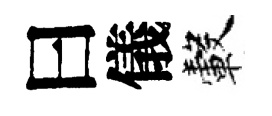
曰儀轂